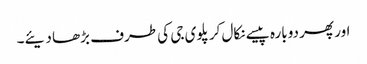
اور پھر دوبارہ پیسے نکال کر پلوی جی کی طرف بڑھا دیئے۔